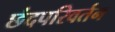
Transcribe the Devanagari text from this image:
छंदपरिवर्तन